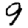
Digit: 9